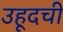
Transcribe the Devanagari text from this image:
उहूदची